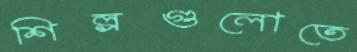
শিল্পগুলোতে